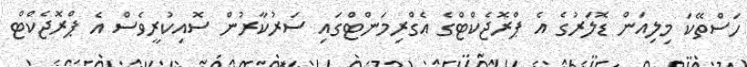
ހަސްތޭކަ މިލިއަން ޑޮލަރުގެ އެ ޕްރޮޖެކްޓްގެ އެގްރިމަންޓްގައި ސަރުކާރުން ސޮއިކުރީވެސް އެ ޕްރޮޖެކްޓް